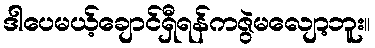
ဒါပေမယ့်ချောင်ရှီရန်ကဇွဲမလျော့ဘူး။